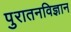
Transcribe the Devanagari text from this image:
पुरातनविज्ञान